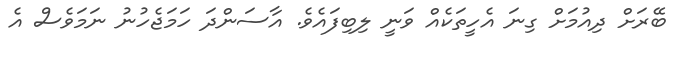
ބޭރަށް ދިއުމަށް ގިނަ އެހީތަކެއް ވަނީ ލިބިފައެވެ. އާސަންދަ ހަމަޖެހުނު ނަމަވެސް އެ